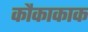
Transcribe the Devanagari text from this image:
कौकाकाक